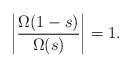
LaTeX: \begin{align*}\bigg|\frac{\Omega(1-s)}{\Omega(s)}\bigg|=1. \end{align*}